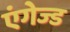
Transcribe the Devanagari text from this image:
एंगेज्ड